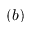
\left( b \right)